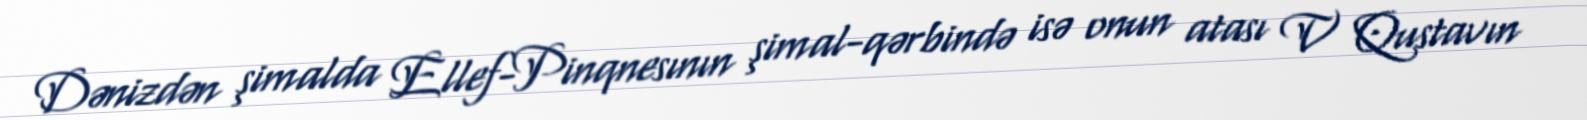
Dənizdən şimalda Ellef-Pinqnesının şimal-qərbində isə onun atası V Qustavın